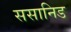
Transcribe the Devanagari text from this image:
ससानिड